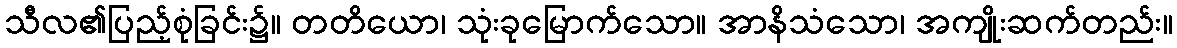
သီလ၏ပြည့်စုံခြင်း၌။ တတိယော၊ သုံးခုမြောက်သော။ အာနိသံသော၊ အကျိုးဆက်တည်း။